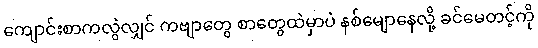
ကျောင်းစာကလွဲလျှင် ကဗျာတွေ စာတွေထဲမှာပဲ နစ်မျောနေလို့ ခင်မေတင့်ကို